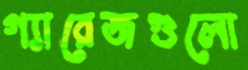
গ্যারেজগুলো